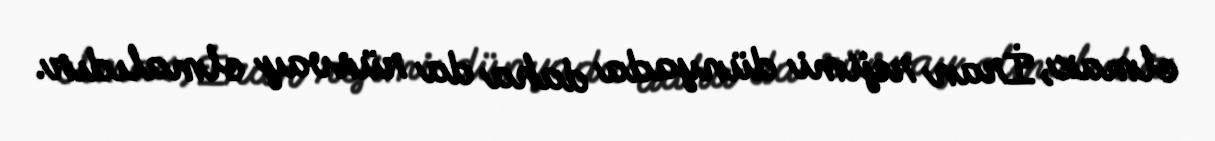
olmaz, İran rejimi dünyada daha da rüsvay olmalıdır.